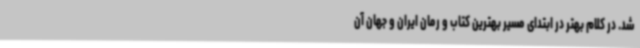
شد. در کلام بهتر در ابتدای مسیر بهترین کتاب و رمان ایران و جهان آن